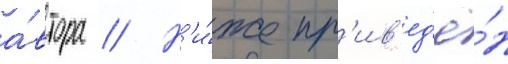
а́втора // Н'и́же пр'ив'ед'ё́н